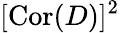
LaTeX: [\mathrm{Cor}(D)]^{2}